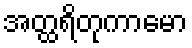
အတ္ထရိတုကာမော